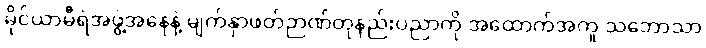
မိုင်ယာမီရဲအဖွဲ့အနေနဲ့ မျက်နှာဖတ်ဉာဏ်တုနည်းပညာကို အထောက်အကူ သဘောသာ